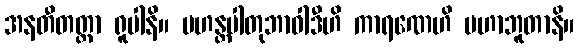
အနတီတတ္တာ ရူပါနိ။ မဟန္တပါတုဘာဝါဒီဟိ ကာရဏေဟိ မဟာဘူတာနိ။